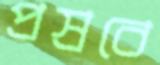
প্রস্রবে